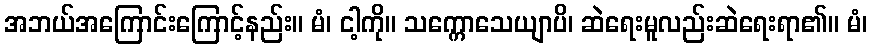
အဘယ်အကြောင်းကြောင့်နည်း။ မံ၊ ငါ့ကို။ သက္ကောသေယျာပိ၊ ဆဲရေးမူလည်းဆဲရေးရာ၏။ မံ၊